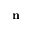
\mathbf { n }